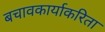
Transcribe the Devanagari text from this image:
बचावकार्याकरिता